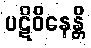
ပဋိဝိနေန္တိ